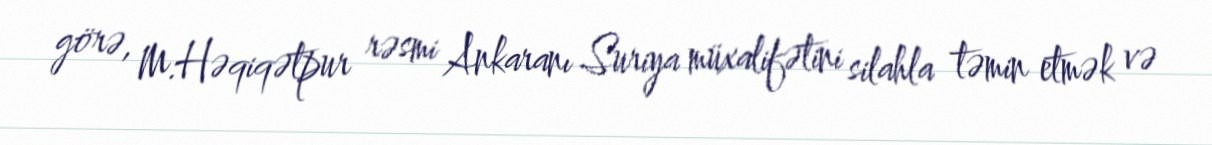
görə, M.Həqiqətpur rəsmi Ankaranı Suriya müxalifətini silahla təmin etmək və